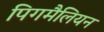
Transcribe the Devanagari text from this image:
पिगमैलियन